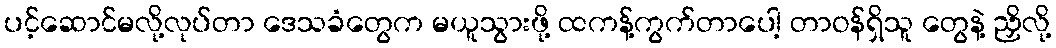
ပင့်ဆောင်မလို့လုပ်တာ ဒေသခံတွေက မယူသွားဖို့ ထကန့်ကွက်တာပေါ့ တာဝန်ရှိသူ တွေနဲ့ ညှိလို့